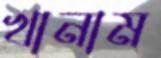
খানাম